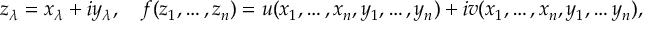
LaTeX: z _ { \lambda } = x _ { \lambda } + i y _ { \lambda } , \quad f ( z _ { 1 } , \dots , z _ { n } ) = u ( x _ { 1 } , \dots , x _ { n } , y _ { 1 } , \dots , y _ { n } ) + i v ( x _ { 1 } , \dots , x _ { n } , y _ { 1 } , \dots y _ { n } ) ,